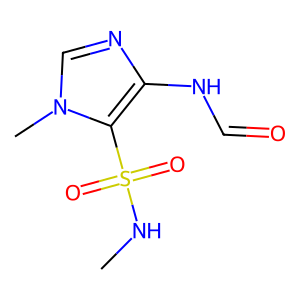
SMILES: CNS(=O)(=O)c1c(NC=O)ncn1C
Inhibits HIV replication: No